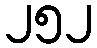
၂၅၂